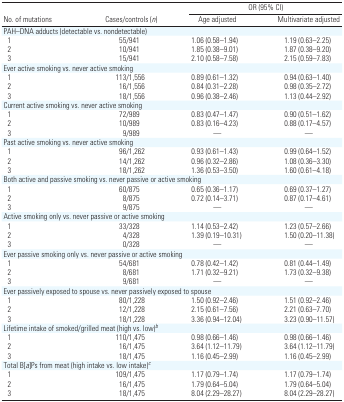
<table><thead><tr><td></td><td></td><td colspan="2"><b>OR (95% CI)</b></td></tr><tr><td><b>No. of mutations</b></td><td><b>Cases/controls (<i>n</i>)</b></td><td><b>Age adjusted</b></td><td><b>Multivariate adjusted</b></td></tr></thead><tbody><tr><td colspan="4">PAH–DNA adducts (detectable vs. nondetectable)</td></tr><tr><td> 1</td><td>55/941</td><td>1.06 (0.58–1.94)</td><td>1.19 (0.63–2.25)</td></tr><tr><td> 2</td><td>10/941</td><td>1.85 (0.38–9.01)</td><td>1.87 (0.38–9.20)</td></tr><tr><td> 3</td><td>15/941</td><td>2.10 (0.58–7.58)</td><td>2.15 (0.59–7.83)</td></tr><tr><td colspan="4">Ever active smoking vs. never active smoking</td></tr><tr><td> 1</td><td>113/1,556</td><td>0.89 (0.61–1.32)</td><td>0.94 (0.63–1.40)</td></tr><tr><td> 2</td><td>16/1,556</td><td>0.84 (0.31–2.28)</td><td>0.98 (0.35–2.72)</td></tr><tr><td> 3</td><td>18/1,556</td><td>0.96 (0.38–2.46)</td><td>1.13 (0.44–2.92)</td></tr><tr><td colspan="4">Current active smoking vs. never active smoking</td></tr><tr><td> 1</td><td>72/989</td><td>0.83 (0.47–1.47)</td><td>0.90 (0.51–1.62)</td></tr><tr><td> 2</td><td>10/989</td><td>0.83 (0.16–4.23)</td><td>0.88 (0.17–4.57)</td></tr><tr><td> 3</td><td>9/989</td><td>—</td><td>—</td></tr><tr><td colspan="4">Past active smoking vs. never active smoking</td></tr><tr><td> 1</td><td>96/1,262</td><td>0.93 (0.61–1.43)</td><td>0.99 (0.64–1.52)</td></tr><tr><td> 2</td><td>14/1,262</td><td>0.96 (0.32–2.86)</td><td>1.08 (0.36–3.30)</td></tr><tr><td> 3</td><td>18/1,262</td><td>1.36 (0.53–3.50)</td><td>1.60 (0.61–4.18)</td></tr><tr><td colspan="4">Both active and passive smoking vs. never passive or active smoking</td></tr><tr><td> 1</td><td>60/875</td><td>0.65 (0.36–1.17)</td><td>0.69 (0.37–1.27)</td></tr><tr><td> 2</td><td>8/875</td><td>0.72 (0.14–3.71)</td><td>0.87 (0.17–4.61)</td></tr><tr><td> 3</td><td>9/875</td><td>—</td><td>—</td></tr><tr><td colspan="4">Active smoking only vs. never passive or active smoking</td></tr><tr><td> 1</td><td>33/328</td><td>1.14 (0.53–2.42)</td><td>1.23 (0.57–2.66)</td></tr><tr><td> 2</td><td>4/328</td><td>1.39 (0.19–10.31)</td><td>1.50 (0.20–11.38)</td></tr><tr><td> 3</td><td>0/328</td><td>—</td><td>—</td></tr><tr><td colspan="4">Ever passive smoking only vs. never passive or active smoking</td></tr><tr><td> 1</td><td>54/681</td><td>0.78 (0.42–1.42)</td><td>0.81 (0.44–1.49)</td></tr><tr><td> 2</td><td>8/681</td><td>1.71 (0.32–9.21)</td><td>1.73 (0.32–9.38)</td></tr><tr><td> 3</td><td>9/681</td><td>—</td><td>—</td></tr><tr><td colspan="4">Ever passively exposed to spouse vs. never passively exposed to spouse</td></tr><tr><td> 1</td><td>80/1,228</td><td>1.50 (0.92–2.46)</td><td>1.51 (0.92–2.46)</td></tr><tr><td> 2</td><td>12/1,228</td><td>2.15 (0.61–7.56)</td><td>2.21 (0.63–7.70)</td></tr><tr><td> 3</td><td>18/1,228</td><td>3.36 (0.94–12.04)</td><td>3.23 (0.90–11.57)</td></tr><tr><td colspan="4">Lifetime intake of smoked/grilled meat (high vs. low)b</td></tr><tr><td> 1</td><td>110/1,475</td><td>0.98 (0.66–1.46)</td><td>0.98 (0.66–1.46)</td></tr><tr><td> 2</td><td>16/1,475</td><td>3.64 (1.12–11.79)</td><td>3.64 (1.12–11.79)</td></tr><tr><td> 3</td><td>18/1,475</td><td>1.16 (0.45–2.99)</td><td>1.16 (0.45–2.99)</td></tr><tr><td colspan="4">Total B[<i>a</i>]Ps from meat (high intake vs. low intake)c</td></tr><tr><td> 1</td><td>109/1,475</td><td>1.17 (0.79–1.74)</td><td>1.17 (0.79–1.74)</td></tr><tr><td> 2</td><td>16/1,475</td><td>1.79 (0.64–5.04)</td><td>1.79 (0.64–5.04)</td></tr><tr><td> 3</td><td>18/1,475</td><td>8.04 (2.29–28.27)</td><td>8.04 (2.29–28.27)</td></tr></tbody></table>